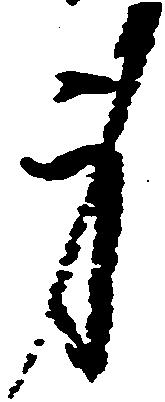
身